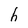
Character: h